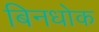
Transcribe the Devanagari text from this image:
बिनधोक